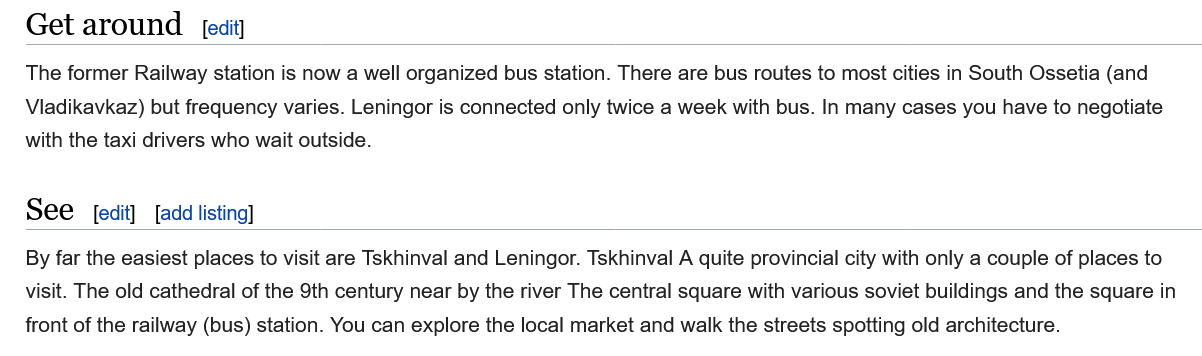
Get  around
   The former Railway station is now a well organized bus station. There are bus routes to most cities in South Ossetia (and
   Vladikavkaz) but frequency varies. Leningor is connected only twice a week with bus. In many cases you have to negotiate
   with the taxi drivers who wait outside.
   See
   By far the easiest places to visit are Tskhinval and Leningor. Tskhinval A quite provincial city with only a couple of places to
   visit. The old cathedral of the 9th century near by the river The central square with various soviet buildings and the square in
   front of the railway (bus) station. You can explore the local market and walk the streets spotting old architecture.
     [edit] [add listing]
     [edit]